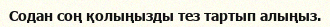
Содан соң қолыңызды тез тартып алыңыз.